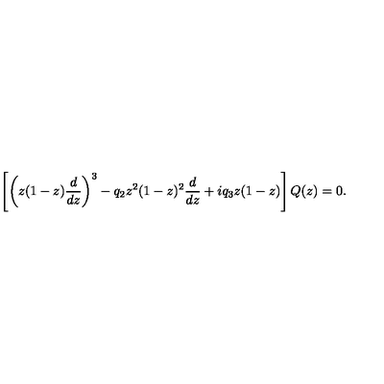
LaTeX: \left[ \left( z ( 1 - z ) { \frac { d } { d z } } \right) ^ { 3 } - q _ { 2 } z ^ { 2 } ( 1 - z ) ^ { 2 } { \frac { d } { d z } } + i q _ { 3 } z ( 1 - z ) \right] Q ( z ) = 0 .